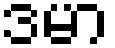
ဒမာ